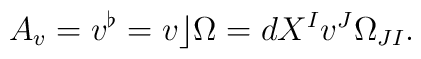
A_v = v^\flat = v \rfloor \Omega = dX^I v^J \Omega_{JI}.